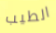
الطيب